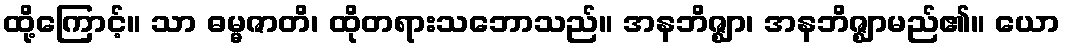
ထို့ကြောင့်။ သာ ဓမ္မဇာတိ၊ ထိုတရားသဘောသည်။ အနဘိဇ္ဈာ၊ အနဘိဇ္ဈာမည်၏။ ယော